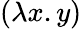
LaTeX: (\lambda x.y)